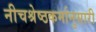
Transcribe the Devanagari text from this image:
नीचश्रेष्ठकर्मानुसारी